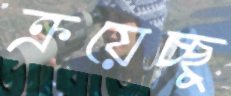
ক্রয়েচ্ছু